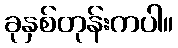
ခုနှစ်တုန်းကပါ။